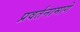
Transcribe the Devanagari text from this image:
प्रवर्तनामागे